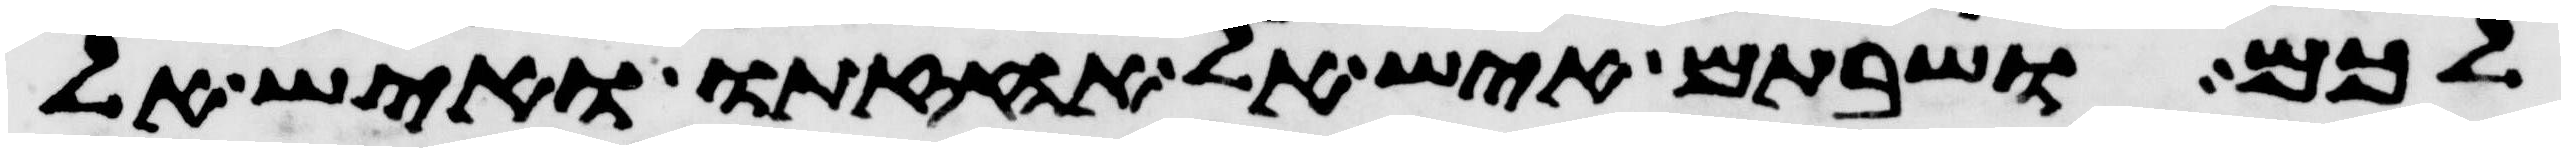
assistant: לכם ושבתם איש אל אחזתו ואיש אל